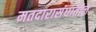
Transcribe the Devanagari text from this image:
मतदारासंघातील